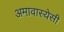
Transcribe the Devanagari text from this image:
अमावास्येसी